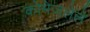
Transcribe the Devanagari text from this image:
कोमेजलेले